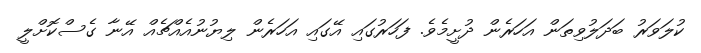
ކުލަވަރު ބަދަލުވިތަން އަހަރެން ދުށީމެވެ. ފަހަރުގައި އޭގައި އަހަރެން ލިޔުނުއެއްޗެއް އޭނާ ގެސްކޮށްލީ